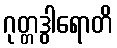
ဂုတ္တဒွါရောတိ